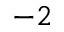
- 2